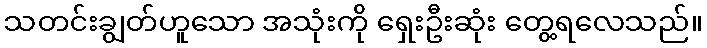
သတင်းချွတ်ဟူသော အသုံးကို ရှေးဦးဆုံး တွေ့ရလေသည်။